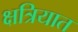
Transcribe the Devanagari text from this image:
क्षत्रियात